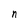
Character: n